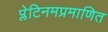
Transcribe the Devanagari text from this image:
प्लेटिनमप्रमाणित